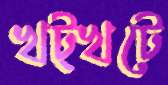
খট্খটে